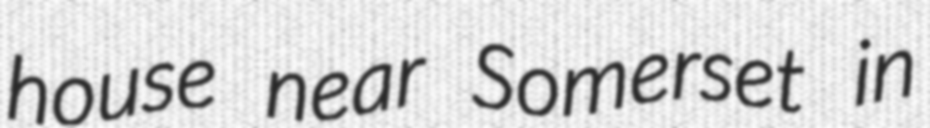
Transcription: house near Somerset in